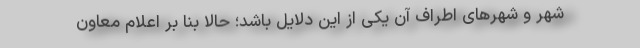
شهر و شهرهای اطراف آن یکی از این دلایل باشد؛ حالا بنا بر اعلام معاون